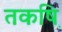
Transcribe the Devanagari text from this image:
तकष़ि